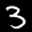
Label: 3